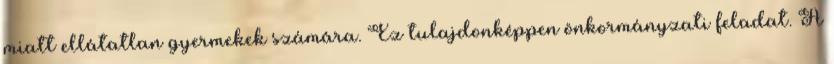
miatt ellátatlan gyermekek számára. Ez tulajdonképpen önkormányzati feladat. A